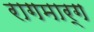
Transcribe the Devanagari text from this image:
रागमार्ग